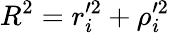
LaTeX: R^{2}=r_{i}^{\prime 2}+\rho_{i}^{\prime 2}